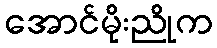
အောင်မိုးညိုက